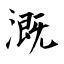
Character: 溉